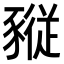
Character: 𧱷